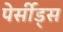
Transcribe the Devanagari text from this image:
पेर्सीड्स